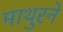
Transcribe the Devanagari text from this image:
माथुरने